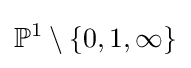
\mathbb {P} ^{1}\setminus \{0,1,\infty \}